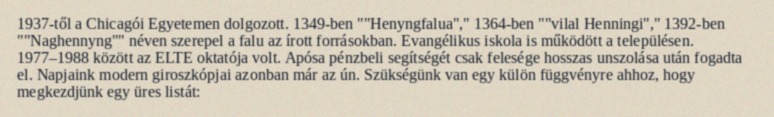
1937-től a Chicagói Egyetemen dolgozott. 1349-ben ""Henyngfalua"," 1364-ben ""vilal Henningi"," 1392-ben ""Naghennyng"" néven szerepel a falu az írott forrásokban. Evangélikus iskola is működött a településen. 1977–1988 között az ELTE oktatója volt. Apósa pénzbeli segítségét csak felesége hosszas unszolása után fogadta el. Napjaink modern giroszkópjai azonban már az ún. Szükségünk van egy külön függvényre ahhoz, hogy megkezdjünk egy üres listát: